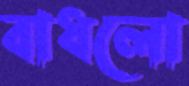
বাধলো